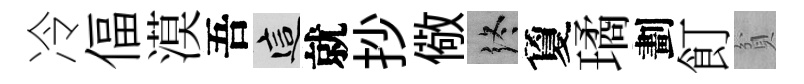
冷偪漠吾這就抄儆终夐璚劃飣貧